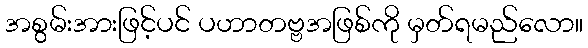
အစွမ်းအားဖြင့်ပင် ပဟာတဗ္ဗအဖြစ်ကို မှတ်ရမည်လော။